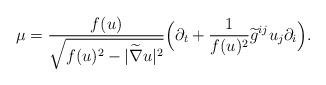
LaTeX: \begin{align*}\mu=\frac{f(u)}{\sqrt{f(u)^2-|\widetilde{\nabla}u|^2}} \Bigl( \partial_t+\frac{1}{f(u)^2}\widetilde{g}^{ij}u_j\partial_{i} \Bigr). \end{align*}